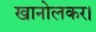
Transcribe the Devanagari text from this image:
खानोलकर।